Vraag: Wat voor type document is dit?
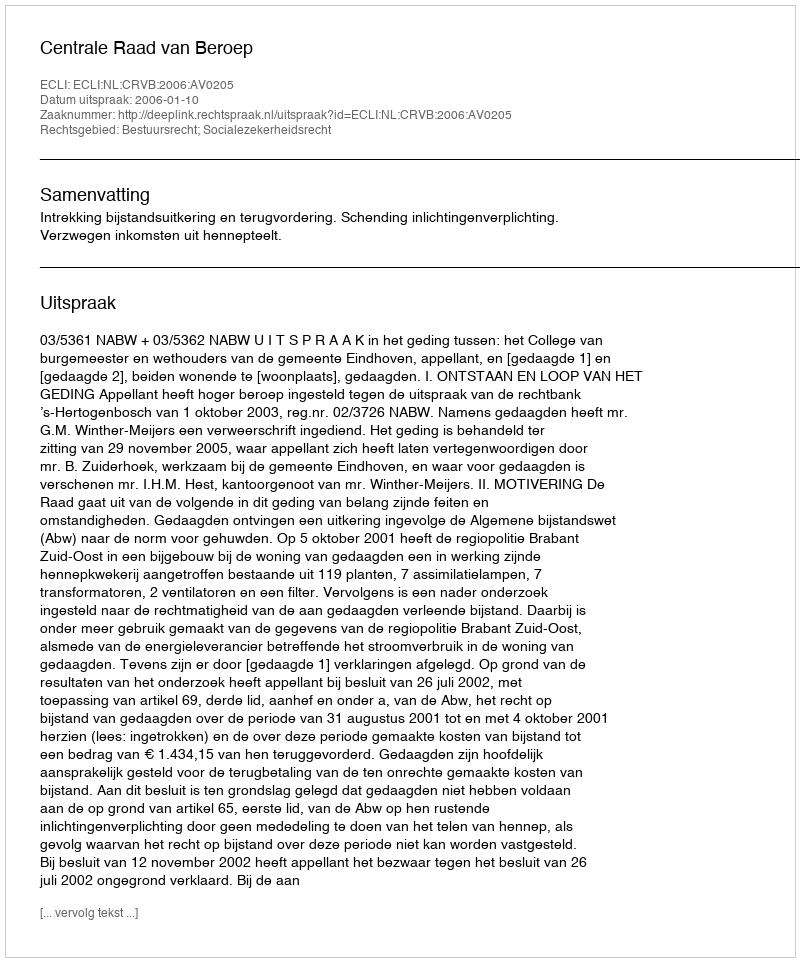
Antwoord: Uitspraak